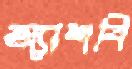
অ্যাশবি